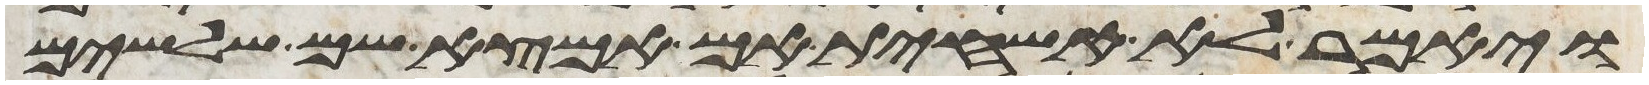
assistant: ויאמר לא אשחית אם אמצא שם שלשים